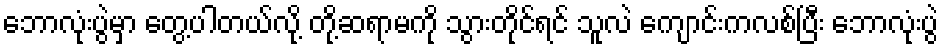
ဘောလုံးပွဲမှာ တွေ့ပါတယ်လို့ တို့ဆရာမကို သွားတိုင်ရင် သူလဲ ကျောင်းကလစ်ပြီး ဘောလုံးပွဲ